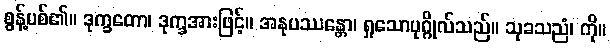
စွန့်ပစ်၏။ ဒုက္ခတော၊ ဒုက္ခအားဖြင့်။ အနုပဿန္တော၊ ရှုသောပုဂ္ဂိုလ်သည်။ သုခသညံ၊ ကို။